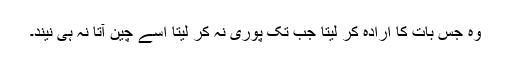
وہ جس بات کا ارادہ کر لیتا جب تک پوری نہ کر لیتا اسے چین آتا نہ ہی نیند۔